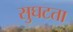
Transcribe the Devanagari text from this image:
सुघटता